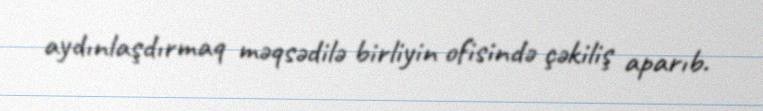
aydınlaşdırmaq məqsədilə birliyin ofisində çəkiliş aparıb.